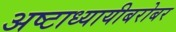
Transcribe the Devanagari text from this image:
अष्टाध्यायीबरोबर